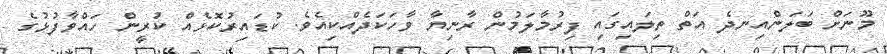
މޫނަށް ބަލަންއިނދެ އަތް ތިލައިގައި ފިރުމާލަމުން ރާނިޔާ ވާހަކަދެއްކިއެވެ. ކުޑައިރުކޮޅެއް ކުރީން ހައްވާފުޅުގެ